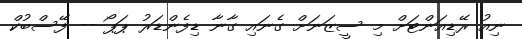
ނިއު ރޭޑިއަންޓަށް މި ސީޒަނަށް ގެނައި ގާނާ ޑިފެންޑަރު ޕަޕޯ -- ފޭސްބުކް